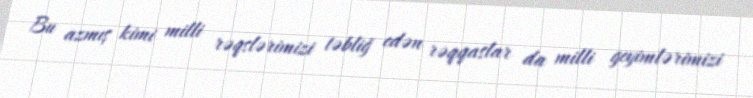
Bu azmış kimi milli rəqslərimizi təbliğ edən rəqqaslar da milli geyimlərimizi